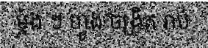
ម្តង ៗ ហ្វូង ចង្រិត រាប់